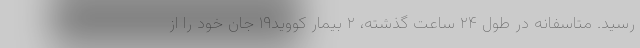
رسید. متاسفانه در طول ۲۴ ساعت گذشته، ۲ بیمار کووید۱۹ جان خود را از